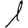
Digit: 1